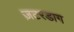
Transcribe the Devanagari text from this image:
ज़टरडाग